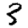
Digit: 3